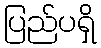
ပြည်ပရှိ